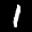
Label: 1